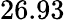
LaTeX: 26.93